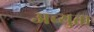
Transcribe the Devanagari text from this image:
अच्युता